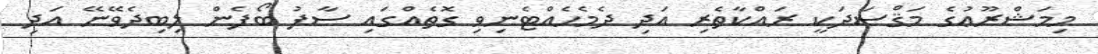
މިމަޝްރޫޢުގެ މަޤްސަދަކީ ރައްކާތެރި އަދި ދެމެހެއްޓެނިވި ގޮތެއްގައި ސާފު ބޯފެން ލިބިދެވޭނޭ އަދި